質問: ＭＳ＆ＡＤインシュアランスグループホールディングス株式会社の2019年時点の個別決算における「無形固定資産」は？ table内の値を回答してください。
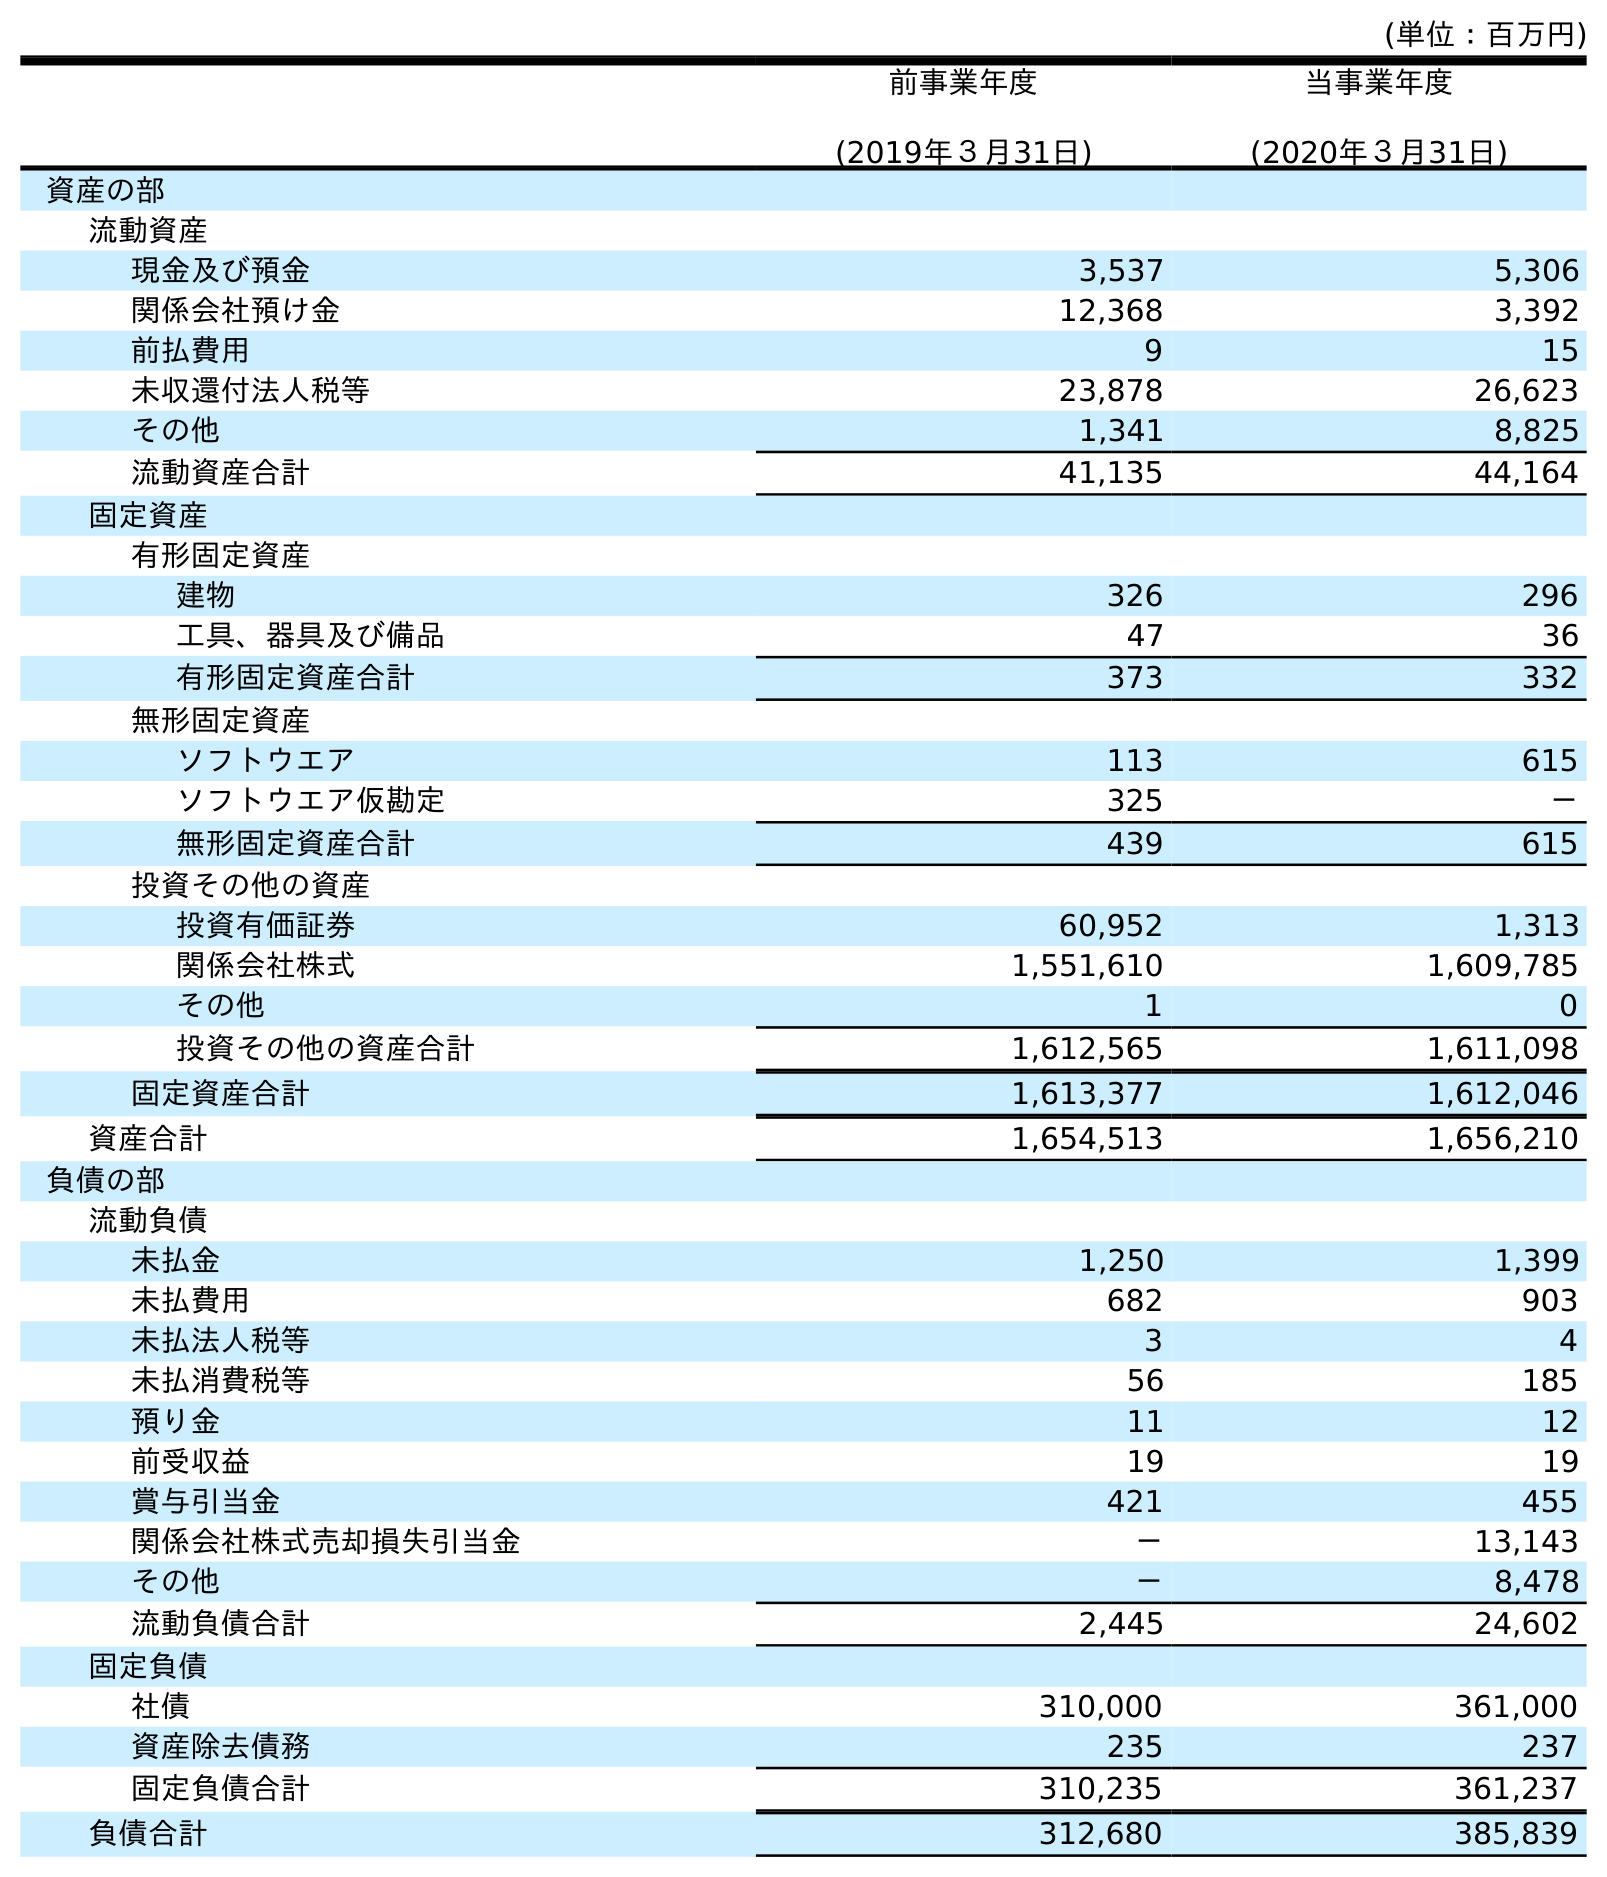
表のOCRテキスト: (単位：百万円) 前事業年度 (2019年３月31日) 当事業年度 (2020年３月31日) 資産の部 流動資産 現金及び預金 3,537 5,306 関係会社預け金 12,368 3,392 前払費用 9 15 未収還付法人税等 23,878 26,623 その他 1,341 8,825 流動資産合計 41,135 44,164 固定資産 有形固定資産 建物 326 296 工具、器具及び備品 47 36 有形固定資産合計 373 332 無形固定資産 ソフトウエア 113 615 ソフトウエア仮勘定 325 － 無形固定資産合計 439 615 投資その他の資産 投資有価証券 60,952 1,313 関係会社株式 1,551,610 1,609,785 その他 1 0 投資その他の資産合計 1,612,565 1,611,098 固定資産合計 1,613,377 1,612,046 資産合計 1,654,513 1,656,210 負債の部 流動負債 未払金 1,250 1,399 未払費用 682 903 未払法人税等 3 4 未払消費税等 56 185 預り金 11 12 前受収益 19 19 賞与引当金 421 455 関係会社株式売却損失引当金 － 13,143 その他 － 8,478 流動負債合計 2,445 24,602 固定負債 社債 310,000 361,000 資産除去債務 235 237 固定負債合計 310,235 361,237 負債合計 312,680 385,839
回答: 439